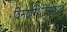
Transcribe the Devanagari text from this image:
विनयस्थितिस्थापक